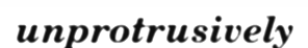
unprotrusively